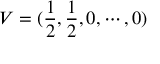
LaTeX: V = ( \frac { 1 } { 2 } , \frac { 1 } { 2 } , 0 , \cdots , 0 ) \nonumber